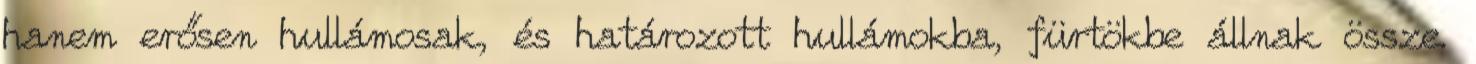
hanem erősen hullámosak, és határozott hullámokba, fürtökbe állnak össze.